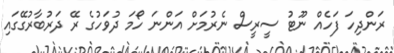
ރަންދިހަ ފަހެއް ނޫޓު ސީރީސް ނެރުމަށް އަންނަ ހޯމަ ދުވަހުގެ ރޭ ދަރުބާރުގޭގައި